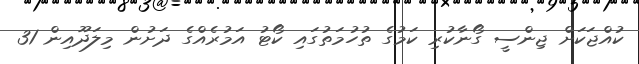
ކުއްޖަކަށް ޖިންސީ ގޯނާކުރި ކަމުގެ ތުހުމަތުގައި ކޯޓު އަމުރެއްގެ ދަށުން މިލަދޫއިން 31